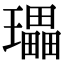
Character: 瓃